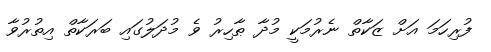
ފުރިހަމަ އަށް ޒަކާތް ނެރުމަކީ މުދާ ޠާހިރު ވެ މުދަލުގައި ބަރަކާތް އިތުރުވާ